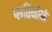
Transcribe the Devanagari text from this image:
प्लतिनीने